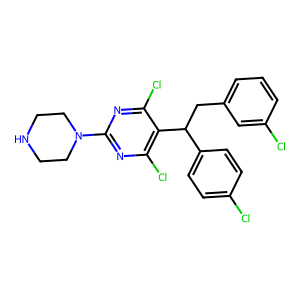
SMILES: Clc1ccc(C(Cc2cccc(Cl)c2)c2c(Cl)nc(N3CCNCC3)nc2Cl)cc1
Inhibits HIV replication: No